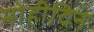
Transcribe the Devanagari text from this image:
मोहीदिन